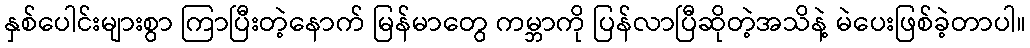
နှစ်ပေါင်းများစွာ ကြာပြီးတဲ့နောက် မြန်မာတွေ ကမ္ဘာကို ပြန်လာပြီဆိုတဲ့အသိနဲ့ မဲပေးဖြစ်ခဲ့တာပါ။